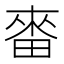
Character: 𤲝